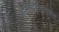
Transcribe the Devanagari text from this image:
ज्ञानेश्वरीप्रमाणेच